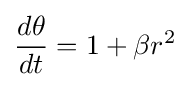
{\frac {d\theta }{dt}}=1+\beta r^{2}